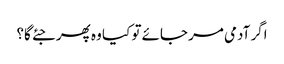
اگر آدمی مر جائے تو کیا وہ پھر جئے گا؟